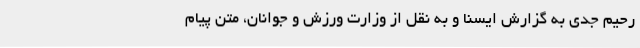
رحیم جدی به گزارش ایسنا و به نقل از وزارت ورزش و جوانان، متن پیام